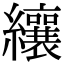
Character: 纕